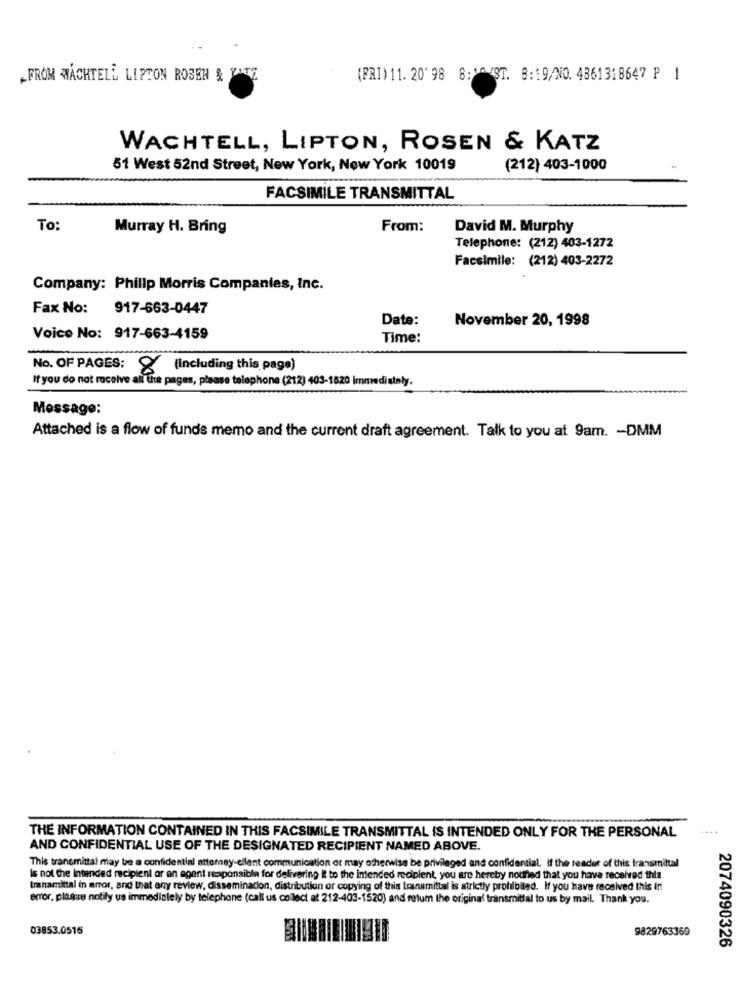
FROM WACHTELL LIPTON ROBEH & PATZ
(PRI) 11. 20' 98 8: "A /ST. 8:19/NO. 4861318647 P 1
WACHTELL, LIPTON, ROSEN & KATZ
51 West 52nd Street, New York, New York 10019
(212) 403-1000
FACSIMILE TRANSMITTAL
To:
Murray H. Bring
From:
David M. Murphy
Telephone: (212) 403-1272
Facsimile: (212) 403-2272
Company: Philip Morris Companies, Inc.
Fax No: 917-663-0447
Date:
November 20, 1998
Voice No: 917-663-4159
Time:
No. OF PAGES:
8 (Including this page)
If you do not receive all the pages, please telephone (212) 403-1520 immediately.
Message:
Attached is a flow of funds memo and the current draft agreement. Talk to you at 9am. - DMM
THE INFORMATION CONTAINED IN THIS FACSIMILE TRANSMITTAL IS INTENDED ONLY FOR THE PERSONAL
AND CONFIDENTIAL USE OF THE DESIGNATED RECIPIENT NAMED ABOVE.
This transmittal may be a confidential attorney-client communication or may otherwise be privileged and confidential. If the reader of this transmittal
Is not the intended recipient or an agent responsible for delivering it to the intended recipient, you are hereby notined that you have received this
Iranamittal in error, and that any review, dissemination, distribution or copying of this transmittal is strictly prohibited. If you have received this In
error, please notify us immediately by telephone (call us collect at 212-403-1520) and retum the original transmitlal to us by mail. Thank you.
03853.0515
9829763369
2074090326